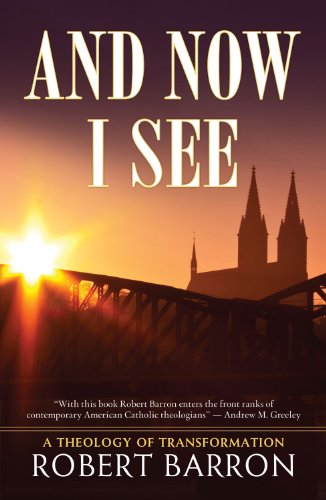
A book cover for And Now I See . . .: A Theology of Transformation; Robert Barron; Christian Books & Bibles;